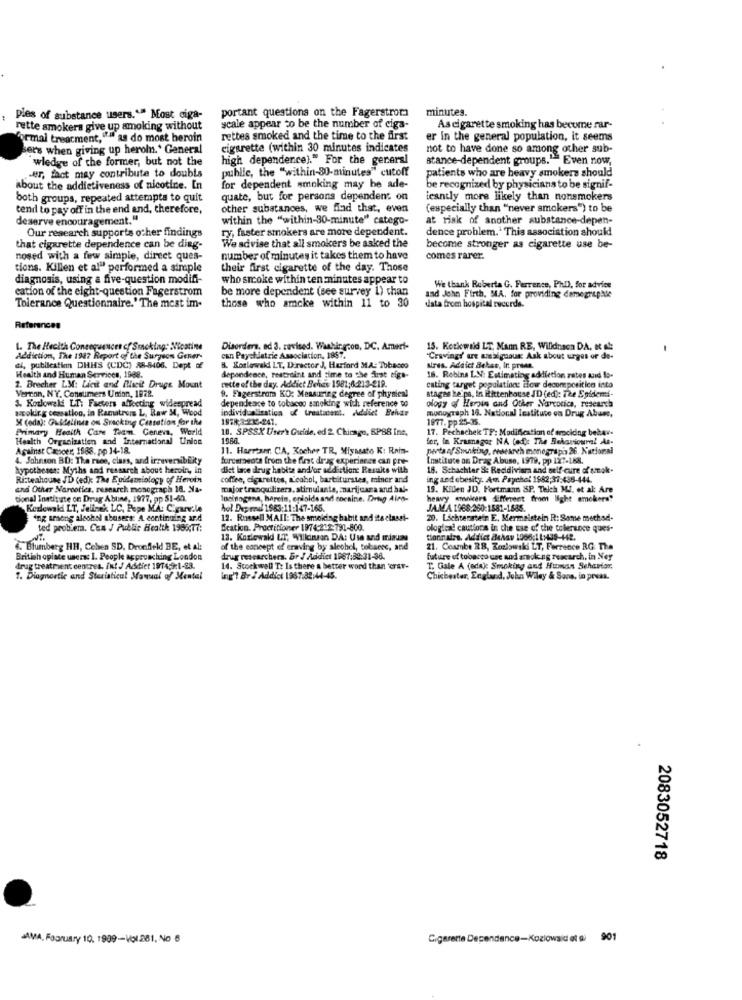
portant questions on the Fagerstroma
minutes.
ples of substance users."" Most ciga-
rette smokers give up smoking without
ycale appear to be the number of ciga-
As cigarette smoking has become rar-
Formal treatment,
du as do most heroin
rettes smoked and the time to the first
er in the general population, it seems
et's when giving up heroin.' General
cigarette (within 30 minutes indicates
not to have done so among other sub-
wledge of the former, but not the
high dependence)." For the general
stance-dependent groups." Even now,
puhile, the "within-80-minutes" cutoff
patients who are heavy smokers should
-er, fact may contribute to doubts
about the addictiveness of nicotine. In
for dependent smoking may he ade-
be recognized by physicians to be signif-
both groups, repeated attempts to quit
quate, but for persons dependent on
icantly more likely than nonsmokers
tend to pay off in the end and, therefore,
other substances, we find that, even
(especially than "never smokers") to be
deserve encouragement."
within the "within-30-minute" catego-
at risk of another substance-depen-
Our research supports other findings
ry, faster smokers are more dependent.
dence problem. This association should
that cigarette dependence can be ding-
We advise that all smokers be asked the
become stronger as cigarette use be-
nosed with a few simple, direct ques-
number of minutes it takes them to have
comes rarer.
tions. Killen et al" performed a simple
their first cigarette of the day. Those
diagnosis, using a five-question modifi-
who smoke within ten minutes appear to
cation of the eight-question Fagerstrom
be more dependent (see survey 1) than
We thank Roberta G. Perrence, Phil, for advice
those who amcke within 11 to 30
and John Firth, SIA, for providing demegraphie
data from hospital records.
Tolerance Questionnaire.' The mest im-
References
L. The Hecith Consequences of Smoking: Nicotine
Disorders, ed 3. revised. Washington, DC. Ameri-
15. Kotkwald LT Mann RE, Willdnaon DA. et Al:
Addiction, The 1947 Report of the Surgeon Gener-
can Payeldatrie Association, 1887.
Craving:' are analgeous: Ask about urges or de-
di, publication DHHS (CDC) 88-8406. Dept of
B. Koslowski LT, Director J, Harford M.A: Tobacco
dependence, restreint and time to the first rigs-
aires. Addict Bebes, In press.
Health and Human Services, 1988.
cette of the day. Addict Behov 1981;6:213-219.
16. Robins LN: Estimating addiction rates and Io-
Verton, NY. Consumers Union, 1872.
2. Brecher LM: Licit and Best Druge Mount
cating target population: ciow decomposition into
stages heips, In Rittenhouse JD (ed): The Epidemi-
9. Fagerstrom KO: Measuring degree of physical
dependeace to cobacoo smoking wich reference to
ology of Hersin and Other Narcotics, research
arcokir g cessation, in Ramatrers L, Raw M, Wood
3. Korlowels LT: Faeters affecting widespread
individualization of treatment. Addliet Behvar
monograph 18. National lestitute on Drug Abuse,
X (oda): Guidelines om Smacking Cassation for the
1978:3-212-241.
1977. pp .25-35.
Primary Health Care Team. Geneva, World
10. SPSSX User's Guide, ed 2. Chicago, SP88 Ine,
17. Pechachek TF: Modification of arocking behav.
Health Organization and International Union
1986.
for, in Kramagos NA Code The Behavioural At-
Against Cancer 1588, pp 14-18.
11. Harreser CA, Kocher TR, Miyasato K: Rain-
perta of Smoking, research monographs 26. National
4. Sahnson BD: The race, class, ard irreversiblity
torcer seats from the first drag experingen can pre-
Instituce on Drag Abuse, 1979, pp 127-188.
hypotheses: Myths and research about heroin, in
Biet lace drug habits and/or addiction: Resuits with
18. Schachter Se Recidivism and self-cure of smok-
Rizteahouse JD (edy The Epidemiology of Heroin
coffee, cigarettes, L'eahol, barbiturates, miner and
ing and obesity. Am Payehol 1982:31:435-444.
and Other Narcotics, research monograph 18. Na-
major tranquilizers, stimulants, anarijuara and hal-
19. Killen JD, Hartmann SP. Thich MJ, et al: Are
tional Institute on Drug Abune, 1977, pp 51-60.
lucinogana, harein, enfolds and cocaine. Drug Ales-
yamwirers different from light smokers"
Keslowakdi LT, Jelinek LC, Pope MA: C.garv.le
hol Dup red 1983:11:147-165.
JAMA 1968:260:1581-1885.
ing arsong alcohol abusers: A continuing and
12. Russell MAIL: The smoking babit and its classi-
20. Lichtenstein E. Mermelstein R: Same method-
ted problem. Cun / Public Health 1985;77:
Station. Practitioner 1974:212:791-800
ological cautions in the use of the tolerance ques-
13. Kozlowski LT, Wilkinson DA: Use and miauas
. Blumberg HH, Ceben SD. Dronfield! BE, et al:
of the concept of craving by alcohol, tobarns, and
21. Coazbe RB, Kozlowski LT, Ferrence RG: The
British opiate users I. People approaching London
drug researchers. Br J Addict 1987:32:31-36.
future of tobacco une and smoking rescarch, in Ney
drug treatment centres. int J Addict 1974,9:1-83.
14. Stockwall T: Is there a better word than erar-
T. Gale A (adak Smoking and Human Sehartor,
1. Diagnostic and Steriatical Manual of Mental
ing'? Br / Addict 1967.82:44-45.
Chichester, England, John Wiley & Sons, in press.
2083052718
JAMA, Foorusry 10, 1909-Vol 281, No 6
Cigarette Dependance-Koziowaid et al 901